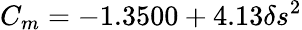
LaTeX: C_{m}=-1.3500+4.13\delta s^{2}